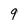
Character: 9